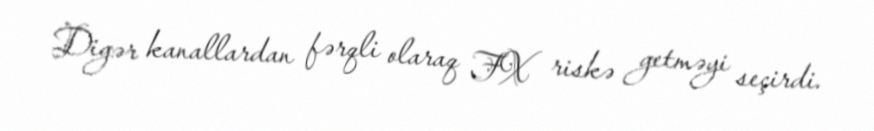
Digər kanallardan fərqli olaraq FX riskə getməyi seçirdi.